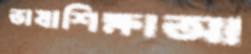
ভাষাশিক্ষাআ